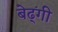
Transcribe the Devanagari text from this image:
बेढ्ंगी